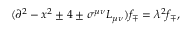
( \partial ^ { 2 } - x ^ { 2 } \pm 4 \pm \sigma ^ { \mu \nu } L _ { \mu \nu } ) f _ { \mp } = \lambda ^ { 2 } f _ { \mp } ,